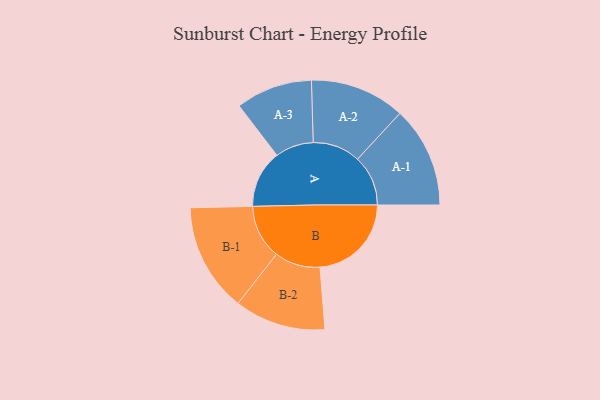
{"axis": {"x": "Segment", "y": "Value"}, "legend": ["", "A", "B"], "data": [{"x": "A", "y": 293, "type": ""}, {"x": "B", "y": 465, "type": ""}, {"x": "A-1", "y": 257, "type": "A"}, {"x": "A-2", "y": 242, "type": "A"}, {"x": "A-3", "y": 195, "type": "A"}, {"x": "B-1", "y": 276, "type": "B"}, {"x": "B-2", "y": 232, "type": "B"}]}